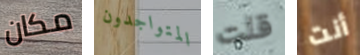
مكان المتواجدون قلت أنت